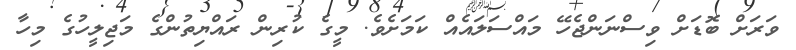
ވަރަށް ބޮޑަށް ވިސްނަންޖެހޭ މައްސަލައެއް ކަމަށެވެ. މީގެ ކުރިން ރައްޔިތުންގެ މަޖިލީހުގެ މިހާ